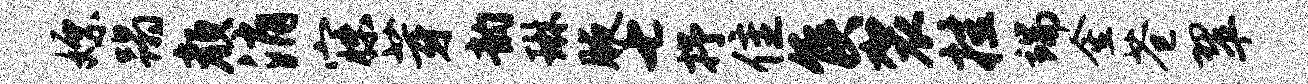
嫖蹋颜消寐芽韵琳腋七抒隹侯袈挂端金苍翠